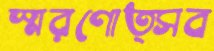
স্মরণোত্সব